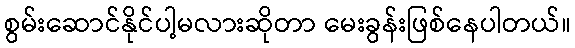
စွမ်းဆောင်နိုင်ပါ့မလားဆိုတာ မေးခွန်းဖြစ်နေပါတယ်။